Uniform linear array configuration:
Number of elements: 24
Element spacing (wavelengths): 0.5
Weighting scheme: binomial
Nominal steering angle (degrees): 15
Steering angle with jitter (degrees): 14.104
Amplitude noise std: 0.05
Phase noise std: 0.05

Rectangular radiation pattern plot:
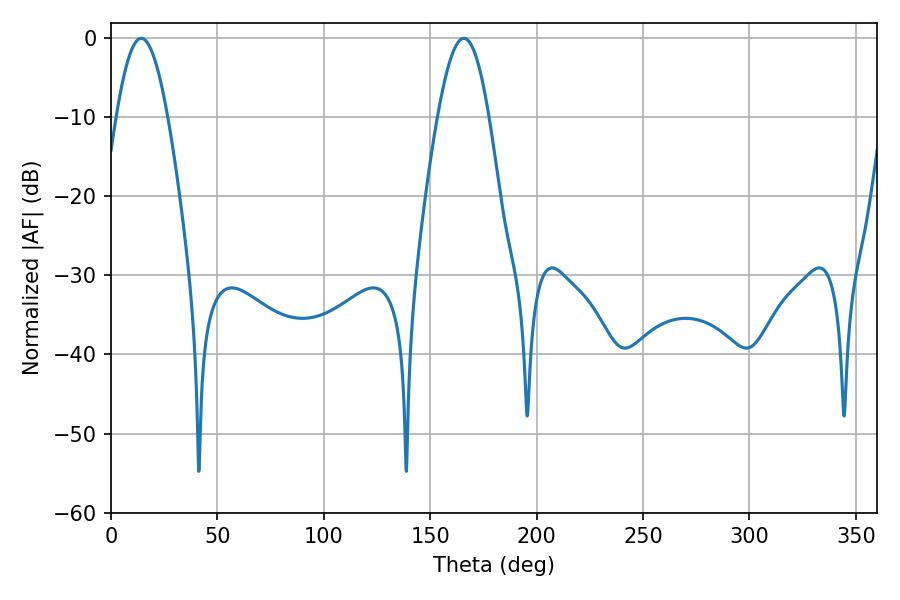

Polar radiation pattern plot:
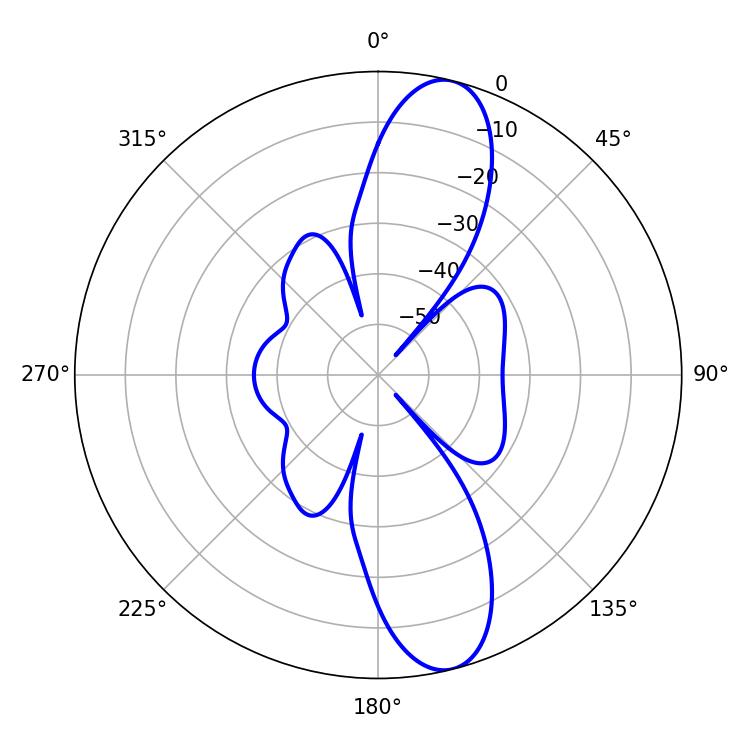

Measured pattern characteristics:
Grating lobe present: FALSE
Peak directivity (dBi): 12.143
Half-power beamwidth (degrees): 13.14
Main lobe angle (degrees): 14.22